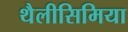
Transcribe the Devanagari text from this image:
थैलीसिमिया